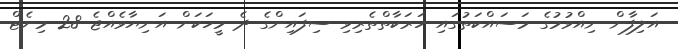
އަލިފާން ނިއްވުމުގެ މަސައްކަތުގައި ހަރަކާތްތެރިވި ސިފައިންގެ ދެ މީހަކަށް އަނިޔާވެއްޖެ 28 މިނެޓް